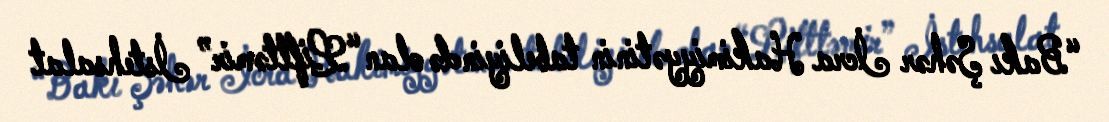
“Bakı Şəhər İcra Hakimiyyətinin tabeliyində olan “Lifttəmir” İstehsalat